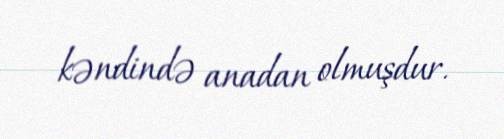
kəndində anadan olmuşdur.